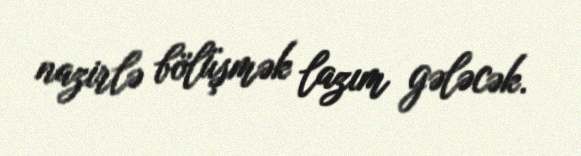
nazirlə bölüşmək lazım gələcək.